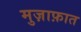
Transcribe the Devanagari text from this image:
मुज़ाफ़ात